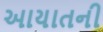
આયાતની